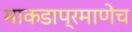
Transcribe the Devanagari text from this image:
माकडाप्रमाणेच